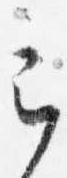
定